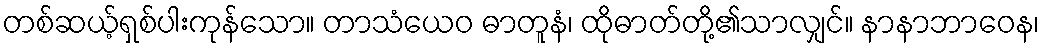
တစ်ဆယ့်ရှစ်ပါးကုန်သော။ တာသံယေဝ ဓာတူနံ၊ ထိုဓာတ်တို့၏သာလျှင်။ နာနာဘာဝေန၊